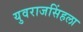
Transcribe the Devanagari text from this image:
युवराजसिंहला